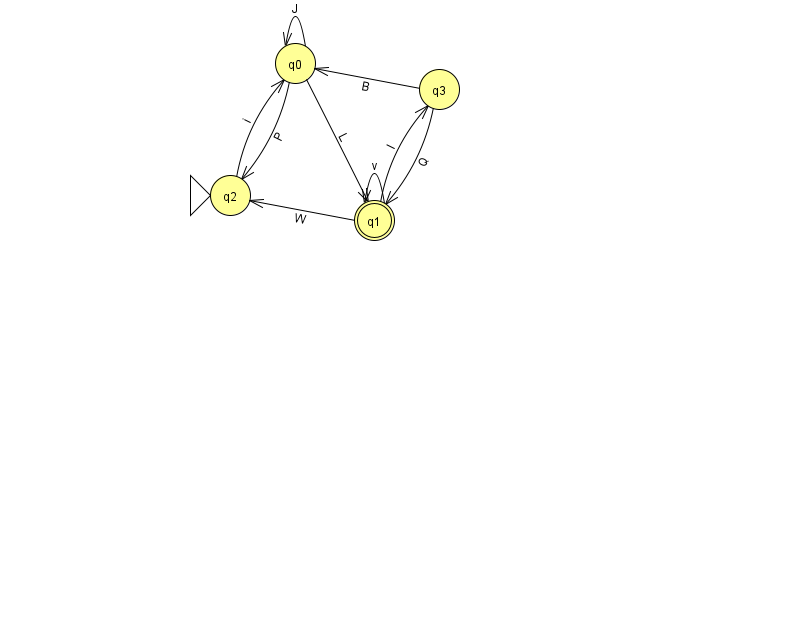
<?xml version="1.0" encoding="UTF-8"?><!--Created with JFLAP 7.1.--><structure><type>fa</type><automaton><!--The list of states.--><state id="0" name="q0"><x>295.0</x><y>50.0</y></state><state id="1" name="q1"><x>374.0</x><y>207.0</y><final/></state><state id="2" name="q2"><x>230.0</x><y>182.0</y><initial/></state><state id="3" name="q3"><x>439.0</x><y>76.0</y></state><!--The list of transitions.--><transition><from>0</from><to>1</to><read>L</read></transition><transition><from>1</from><to>2</to><read>W</read></transition><transition><from>2</from><to>0</to><read>i</read></transition><transition><from>1</from><to>3</to><read>l</read></transition><transition><from>3</from><to>0</to><read>B</read></transition><transition><from>1</from><to>1</to><read>v</read></transition><transition><from>3</from><to>1</to><read>Q</read></transition><transition><from>0</from><to>0</to><read>J</read></transition><transition><from>0</from><to>2</to><read>P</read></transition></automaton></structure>